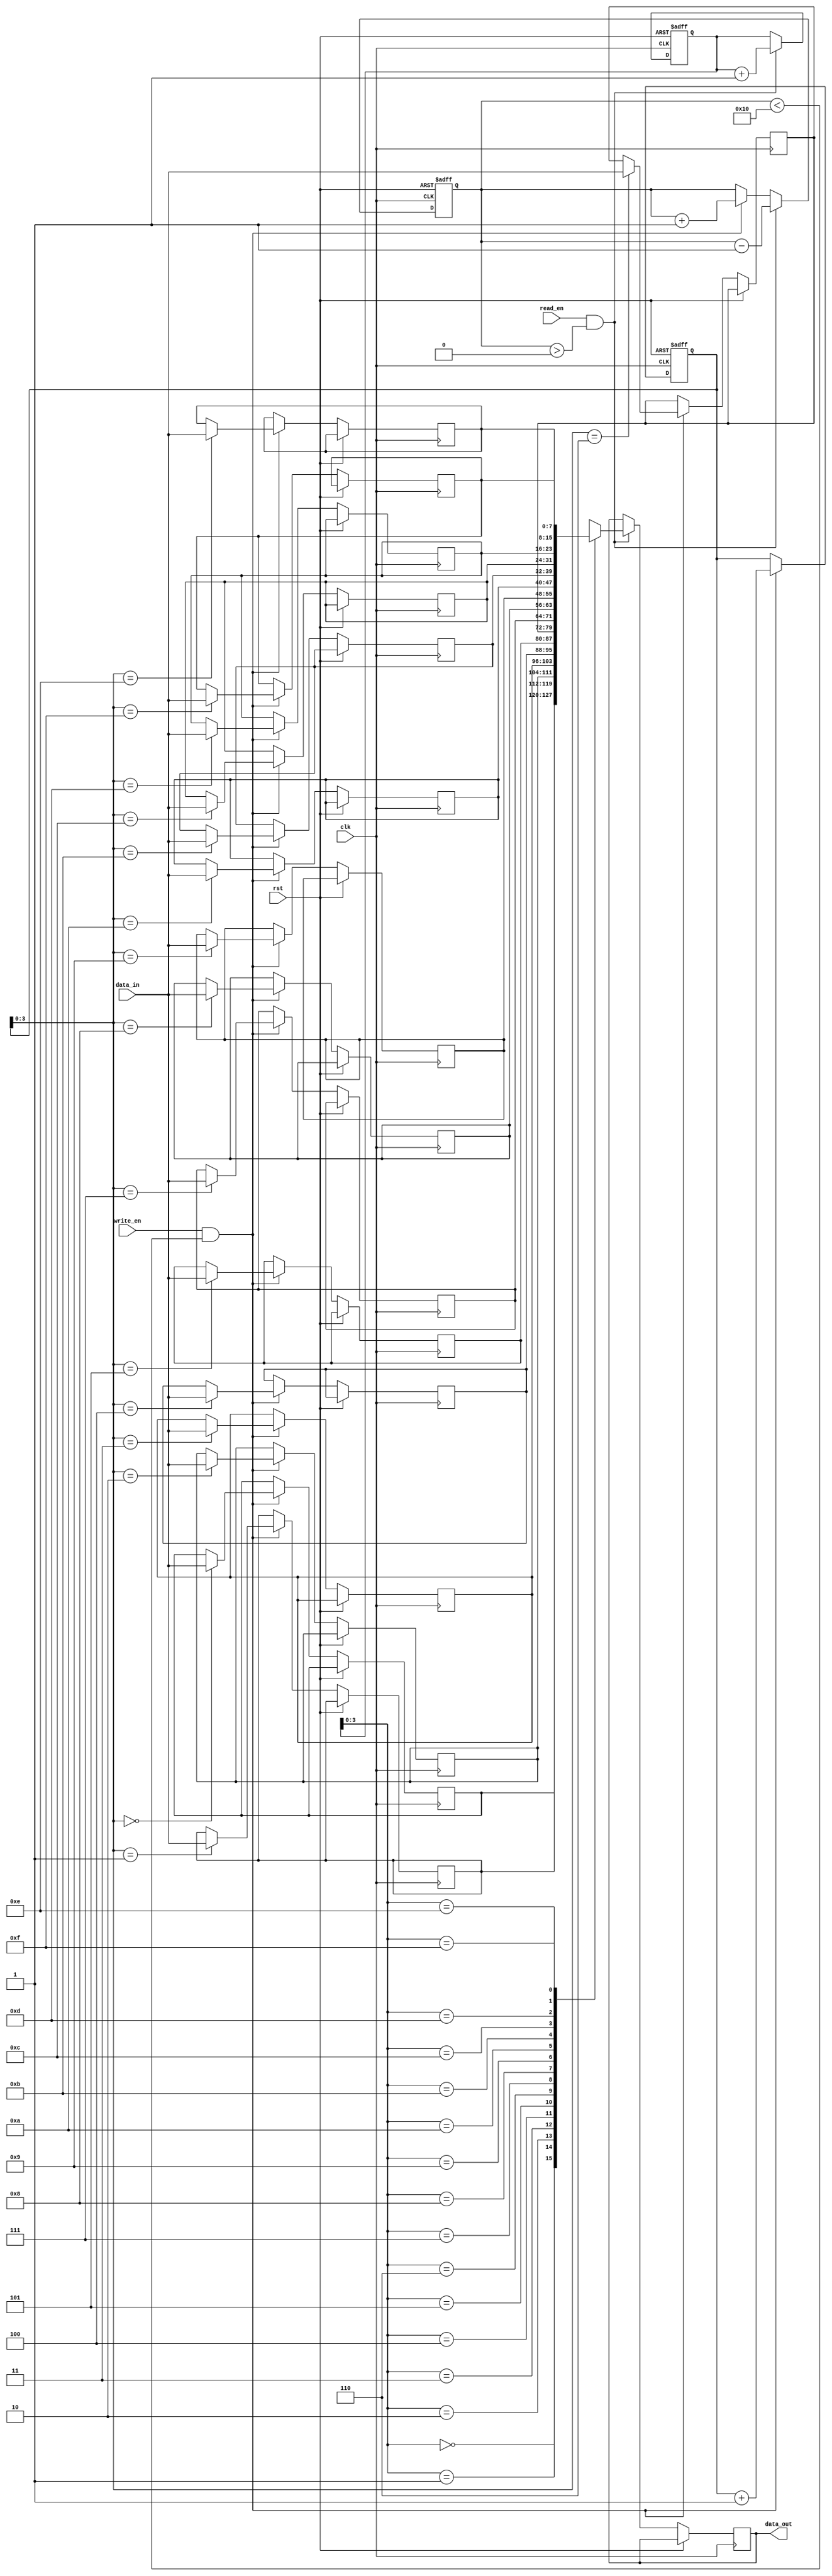
module fifo_buffer (
    input wire clk,
    input wire rst,
    input wire write_en,
    input wire read_en,
    input wire [7:0] data_in,
    output reg [7:0] data_out
);

parameter FIFO_DEPTH = 16;

reg [7:0] memory [0:FIFO_DEPTH-1];
reg [4:0] write_ptr;
reg [4:0] read_ptr;
reg [4:0] count;

always @(posedge clk or posedge rst) begin
    if (rst) begin
        write_ptr <= 0;
        read_ptr <= 0;
        count <= 0;
    end else begin
        if (write_en && count < FIFO_DEPTH) begin
            memory[write_ptr] <= data_in;
            write_ptr <= write_ptr + 1;
            count <= count + 1;
        end
        
        if (read_en && count > 0) begin
            data_out <= memory[read_ptr];
            read_ptr <= read_ptr + 1;
            count <= count - 1;
        end
    end
end

endmodule